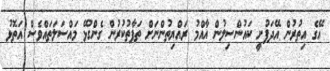
އޭގެ އިތުރުން އޭދަފުށީ ކައުންސިލުން އާއްމު ރައްޔިތުންނަށް ތަފާތުކުރުން ގެންގުޅޭ މައްސަލަތައްވެސް އަތޮޅު